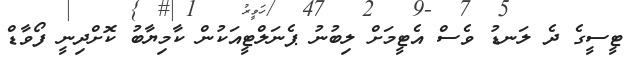
ޓީސީގެ ދެ ލަނޑު ވެސް އެޓީމަށް ލިބުނު ޕެނަލްޓީއަކުން ކާމިޔާބު ކޮށްދިނީ ފޯވާޑް